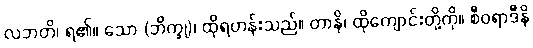
လဘတိ၊ ရ၏။ သော (ဘိက္ခု)၊ ထိုရဟန်းသည်။ တာနိ၊ ထိုကျောင်းတို့ကို။ စီဝရာဒီနိ